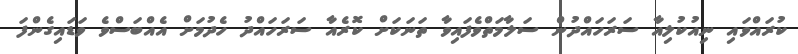
ކުރައްވައި ނިއުކުލިއާ ސަރަހައްދުން ސަލާމަތްވެފައިވާ ތަނަކަށް ކޮރެއާ ސަރަހައްދު ހެދުމަށް އެއްބަސްވެ ވަޑައިގެންފަ